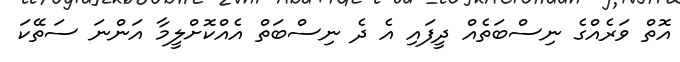
އޮތް ވަރެއްގެ ނިސްބަތެއް ދީފައި އެ ދެ ނިސްބަތް އެއްކޮށްލީމާ އަންނަ ސަތޭކަ